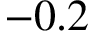
- 0 . 2